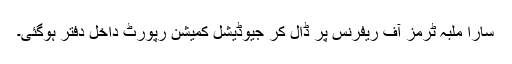
سارا ملبہ ٹرمز آف ریفرنس پر ڈال کر جیوڈیشل کمیشن رپورٹ داخل دفتر ہوگئی۔